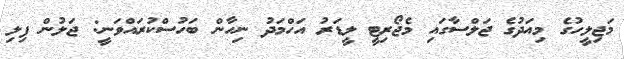
މަޖިލީހުގެ މިއަދުގެ ޖަލްސާގައި މެޖޯރިޓީ ލީޑަރު އަހްމަދު ނިހާން ބަހުސްކުރައްވަނީ: ޖަލުން ފިލި